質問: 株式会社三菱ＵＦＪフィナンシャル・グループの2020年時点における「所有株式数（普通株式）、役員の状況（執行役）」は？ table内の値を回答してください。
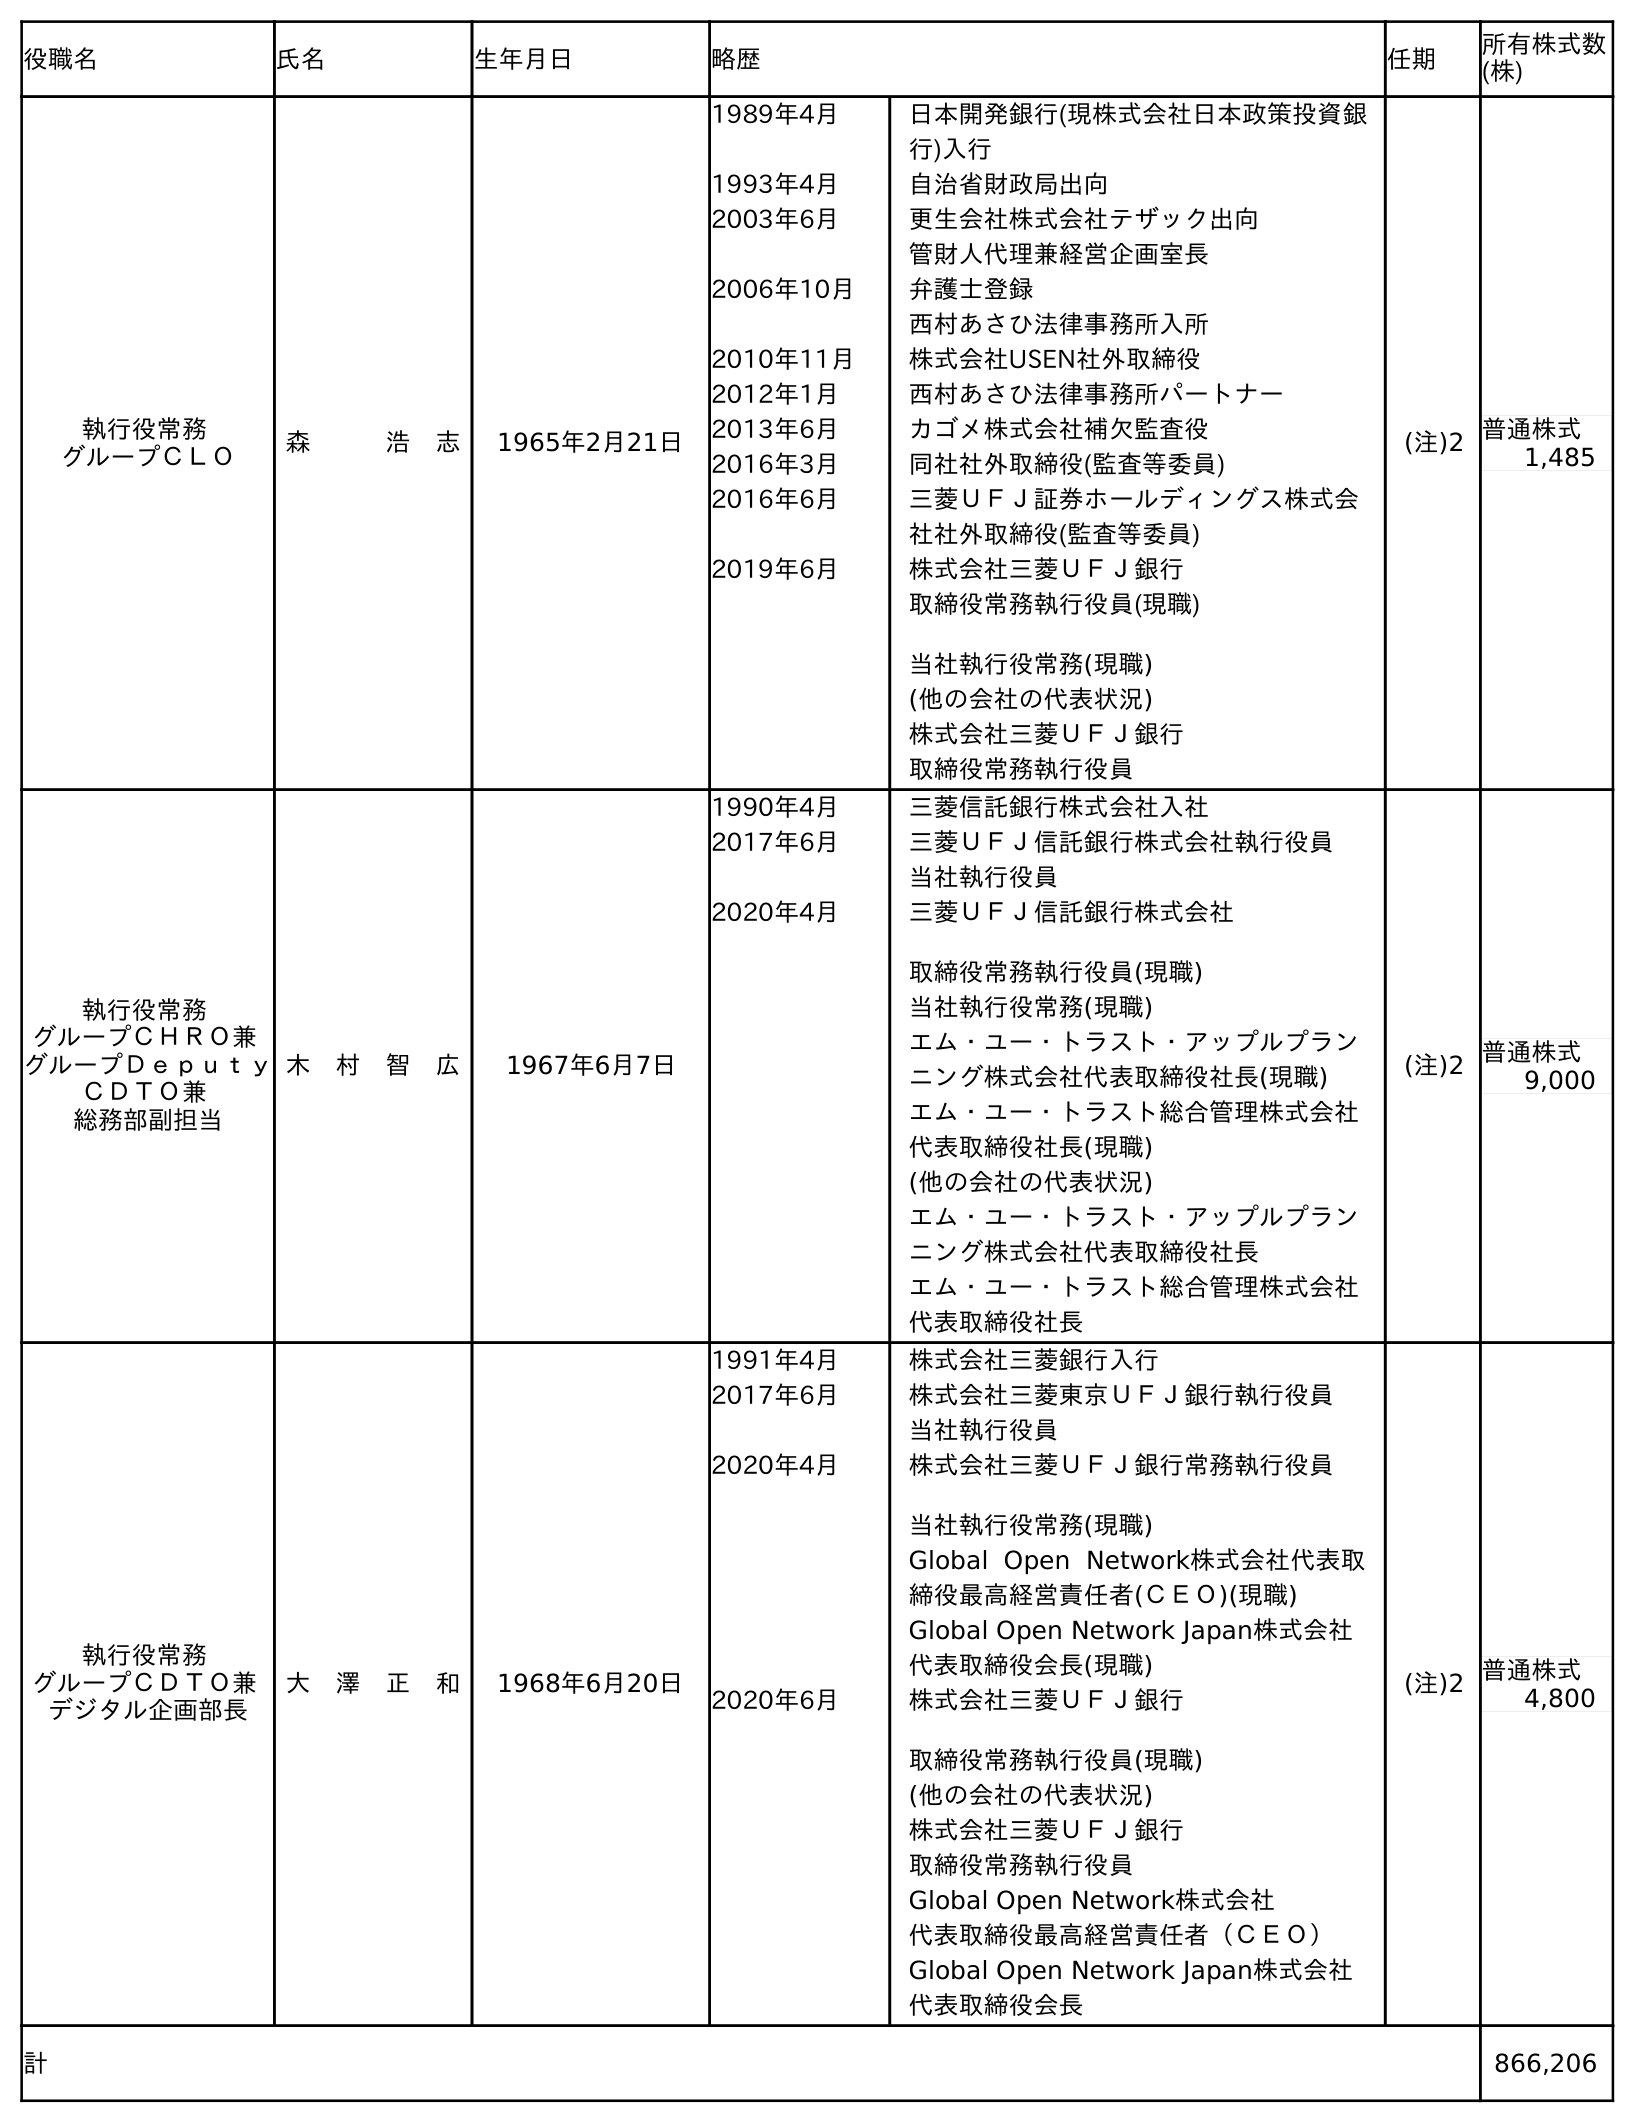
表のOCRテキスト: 役職名 氏名 生年月日 略歴 任期 所有株式数 (株) 執行役常務 グループＣＬＯ 森   浩 志 1965年2月21日 1989年4月 日本開発銀行(現株式会社日本政策投資銀 行)入行 1993年4月 自治省財政局出向 2003年6月 更生会社株式会社テザック出向 管財人代理兼経営企画室長 2006年10月 弁護士登録 西村あさひ法律事務所入所 2010年11月 株式会社USEN社外取締役 2012年1月 西村あさひ法律事務所パートナー 2013年6月 カゴメ株式会社補欠監査役 2016年3月 同社社外取締役(監査等委員) 2016年6月 三菱ＵＦＪ証券ホールディングス株式会 社社外取締役(監査等委員) 2019年6月 株式会社三菱ＵＦＪ銀行 取締役常務執行役員(現職) 当社執行役常務(現職) (他の会社の代表状況) 株式会社三菱ＵＦＪ銀行 取締役常務執行役員 (注)2 普通株式 1,485 執行役常務 グループＣＨＲＯ兼 グループＤｅｐｕｔｙ ＣＤＴＯ兼 総務部副担当 木 村 智 広 1967年6月7日 1990年4月 三菱信託銀行株式会社入社 2017年6月 三菱ＵＦＪ信託銀行株式会社執行役員 当社執行役員 2020年4月 三菱ＵＦＪ信託銀行株式会社 取締役常務執行役員(現職) 当社執行役常務(現職) エム・ユー・トラスト・アップルプラン ニング株式会社代表取締役社長(現職) エム・ユー・トラスト総合管理株式会社 代表取締役社長(現職) (他の会社の代表状況) エム・ユー・トラスト・アップルプラン ニング株式会社代表取締役社長 エム・ユー・トラスト総合管理株式会社 代表取締役社長 (注)2 普通株式 9,000 執行役常務 グループＣＤＴＯ兼 デジタル企画部長 大 澤 正 和 1968年6月20日 1991年4月 株式会社三菱銀行入行 2017年6月 株式会社三菱東京ＵＦＪ銀行執行役員 当社執行役員 2020年4月 株式会社三菱ＵＦＪ銀行常務執行役員 当社執行役常務(現職) Global Open Network株式会社代表取 締役最高経営責任者(ＣＥＯ)(現職) Global Open Network Japan株式会社 代表取締役会長(現職) 2020年6月 株式会社三菱ＵＦＪ銀行 取締役常務執行役員(現職) (他の会社の代表状況) 株式会社三菱ＵＦＪ銀行 取締役常務執行役員 Global Open Network株式会社 代表取締役最高経営責任者（ＣＥＯ） Global Open Network Japan株式会社 代表取締役会長 (注)2 普通株式 4,800 計 866,206
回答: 866,206